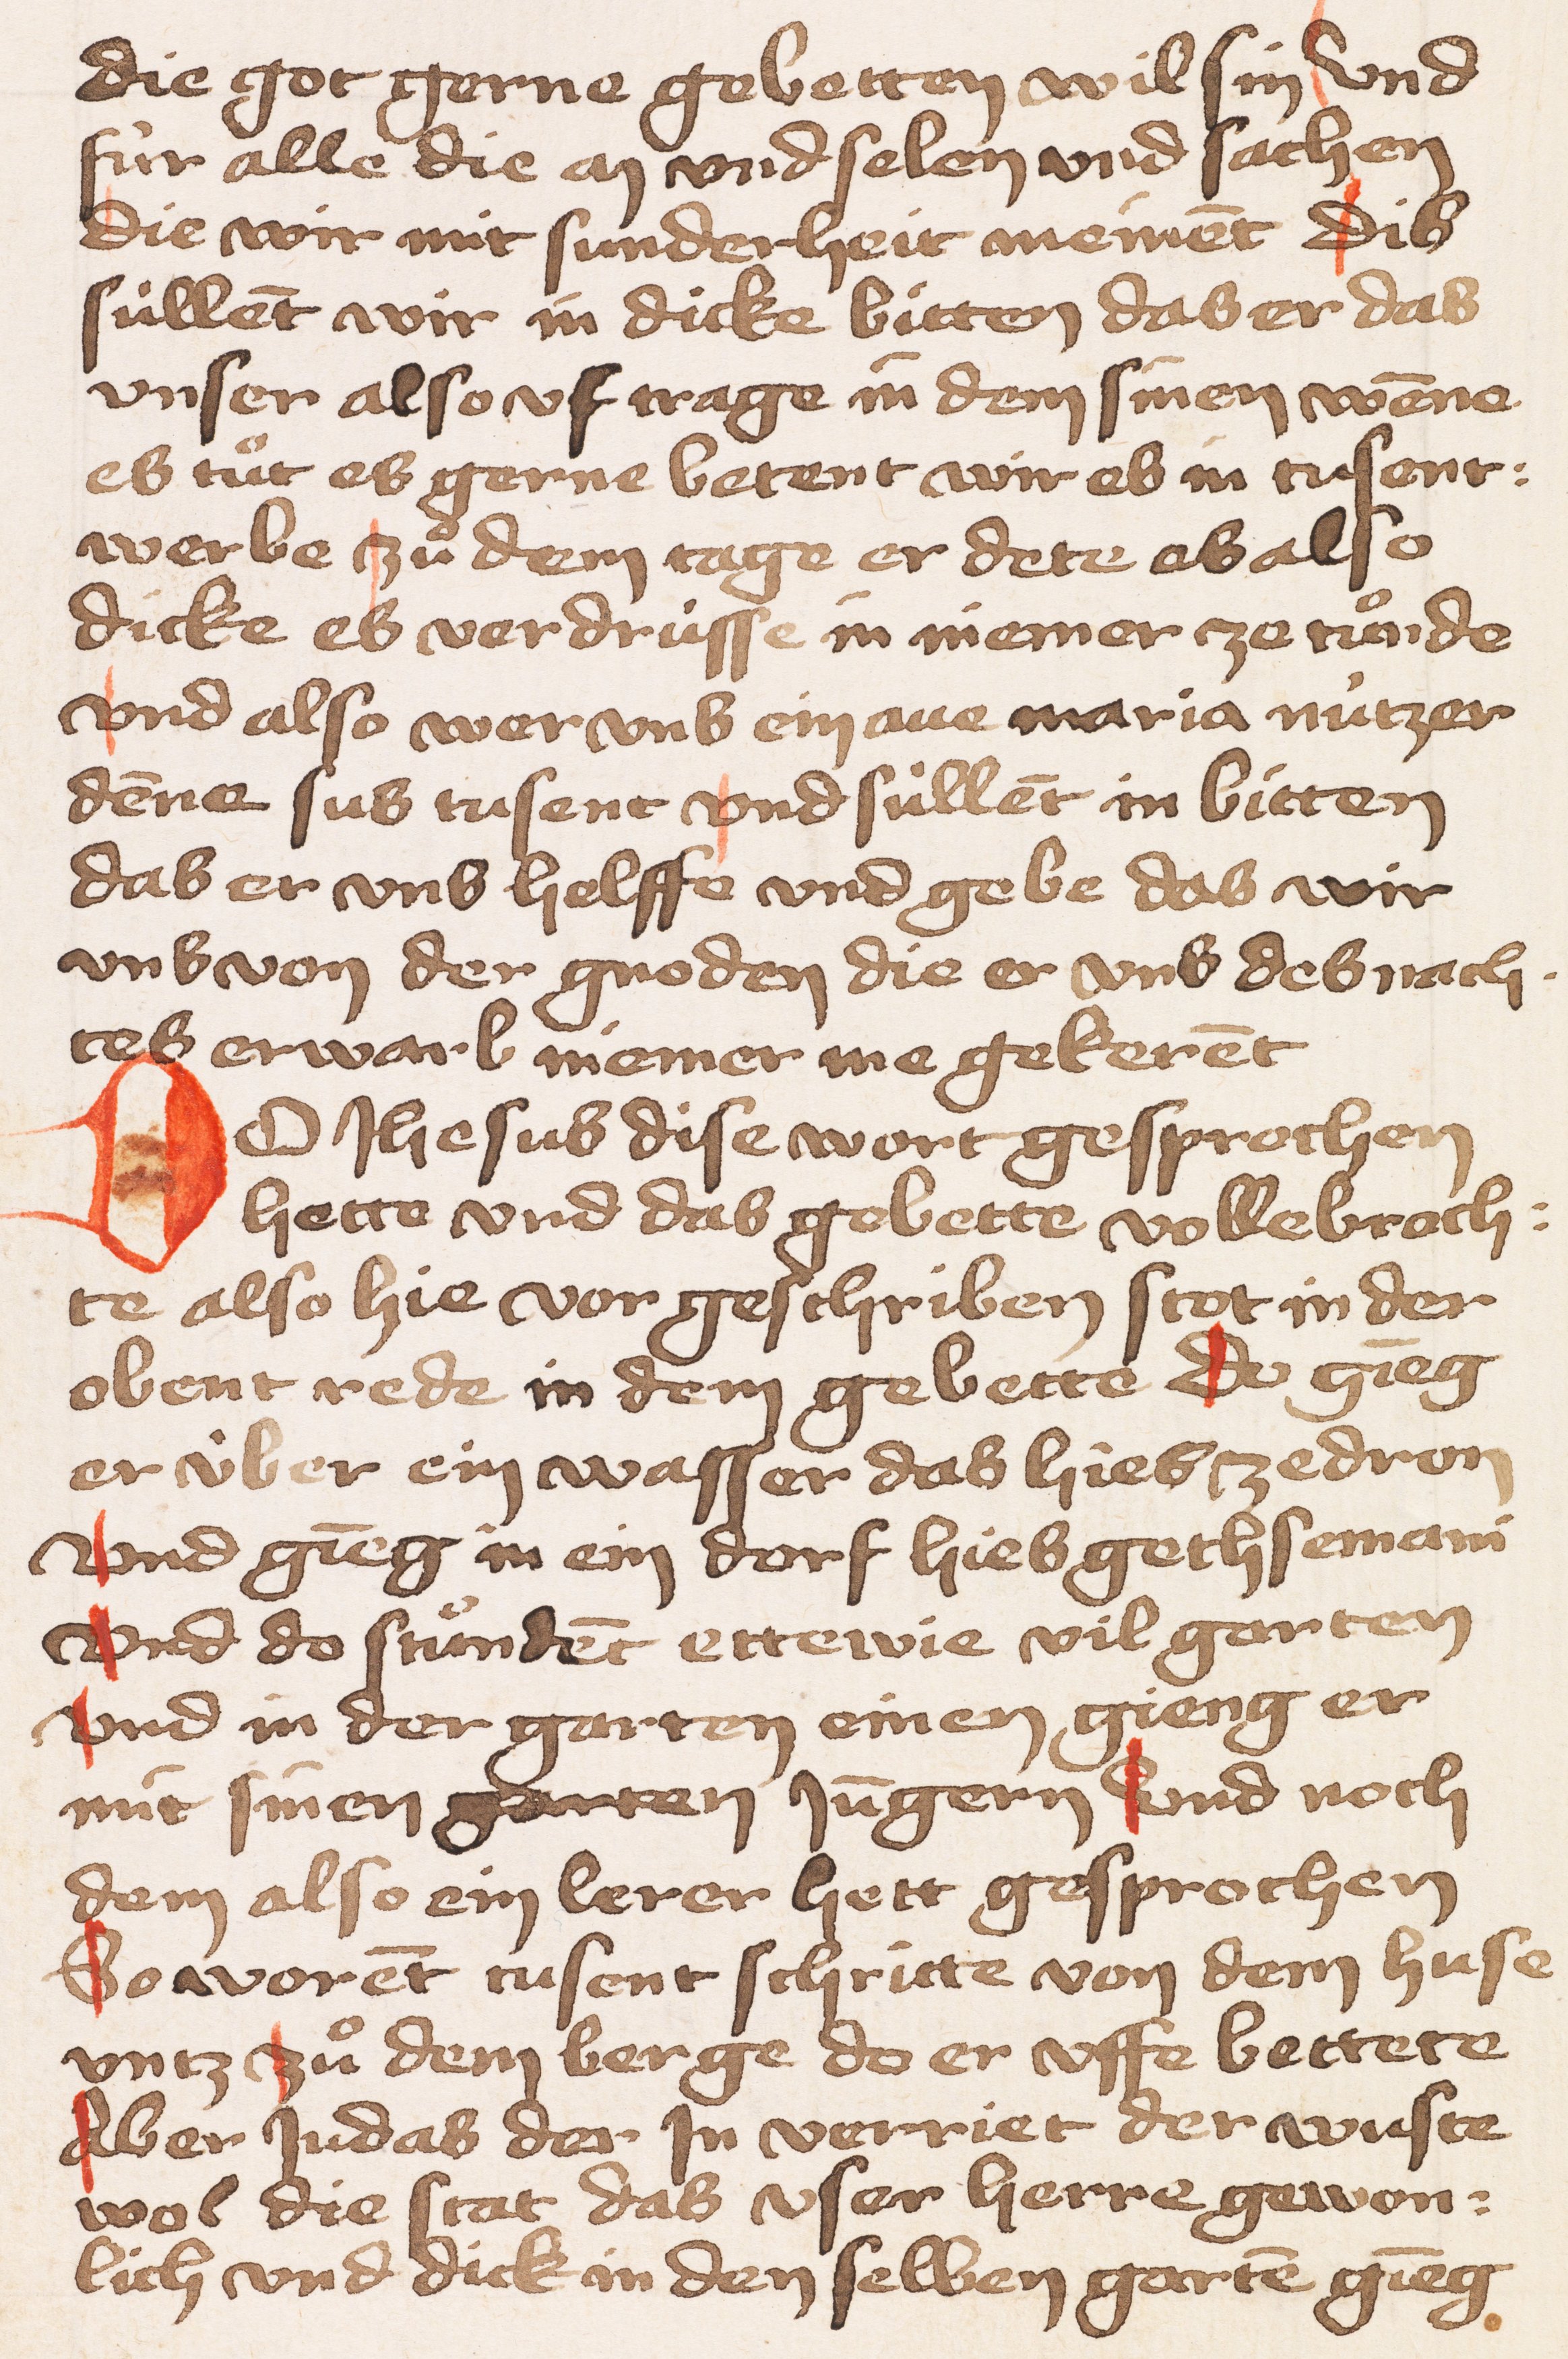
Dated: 1428–1428